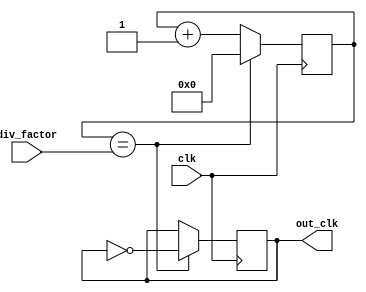
module dual_modulus_clock_divider (
    input wire clk,
    input wire [7:0] div_factor,
    output reg out_clk
);

reg [7:0] count;

always @(posedge clk) begin
    if (count == div_factor) begin
        out_clk <= ~out_clk;
        count <= 0;
    end else begin
        count <= count + 1;
    end
end

endmodule